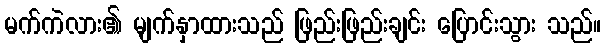
မက်ကဲလား၏ မျက်နှာထားသည် ဖြည်းဖြည်းချင်း ပြောင်းသွား သည်။